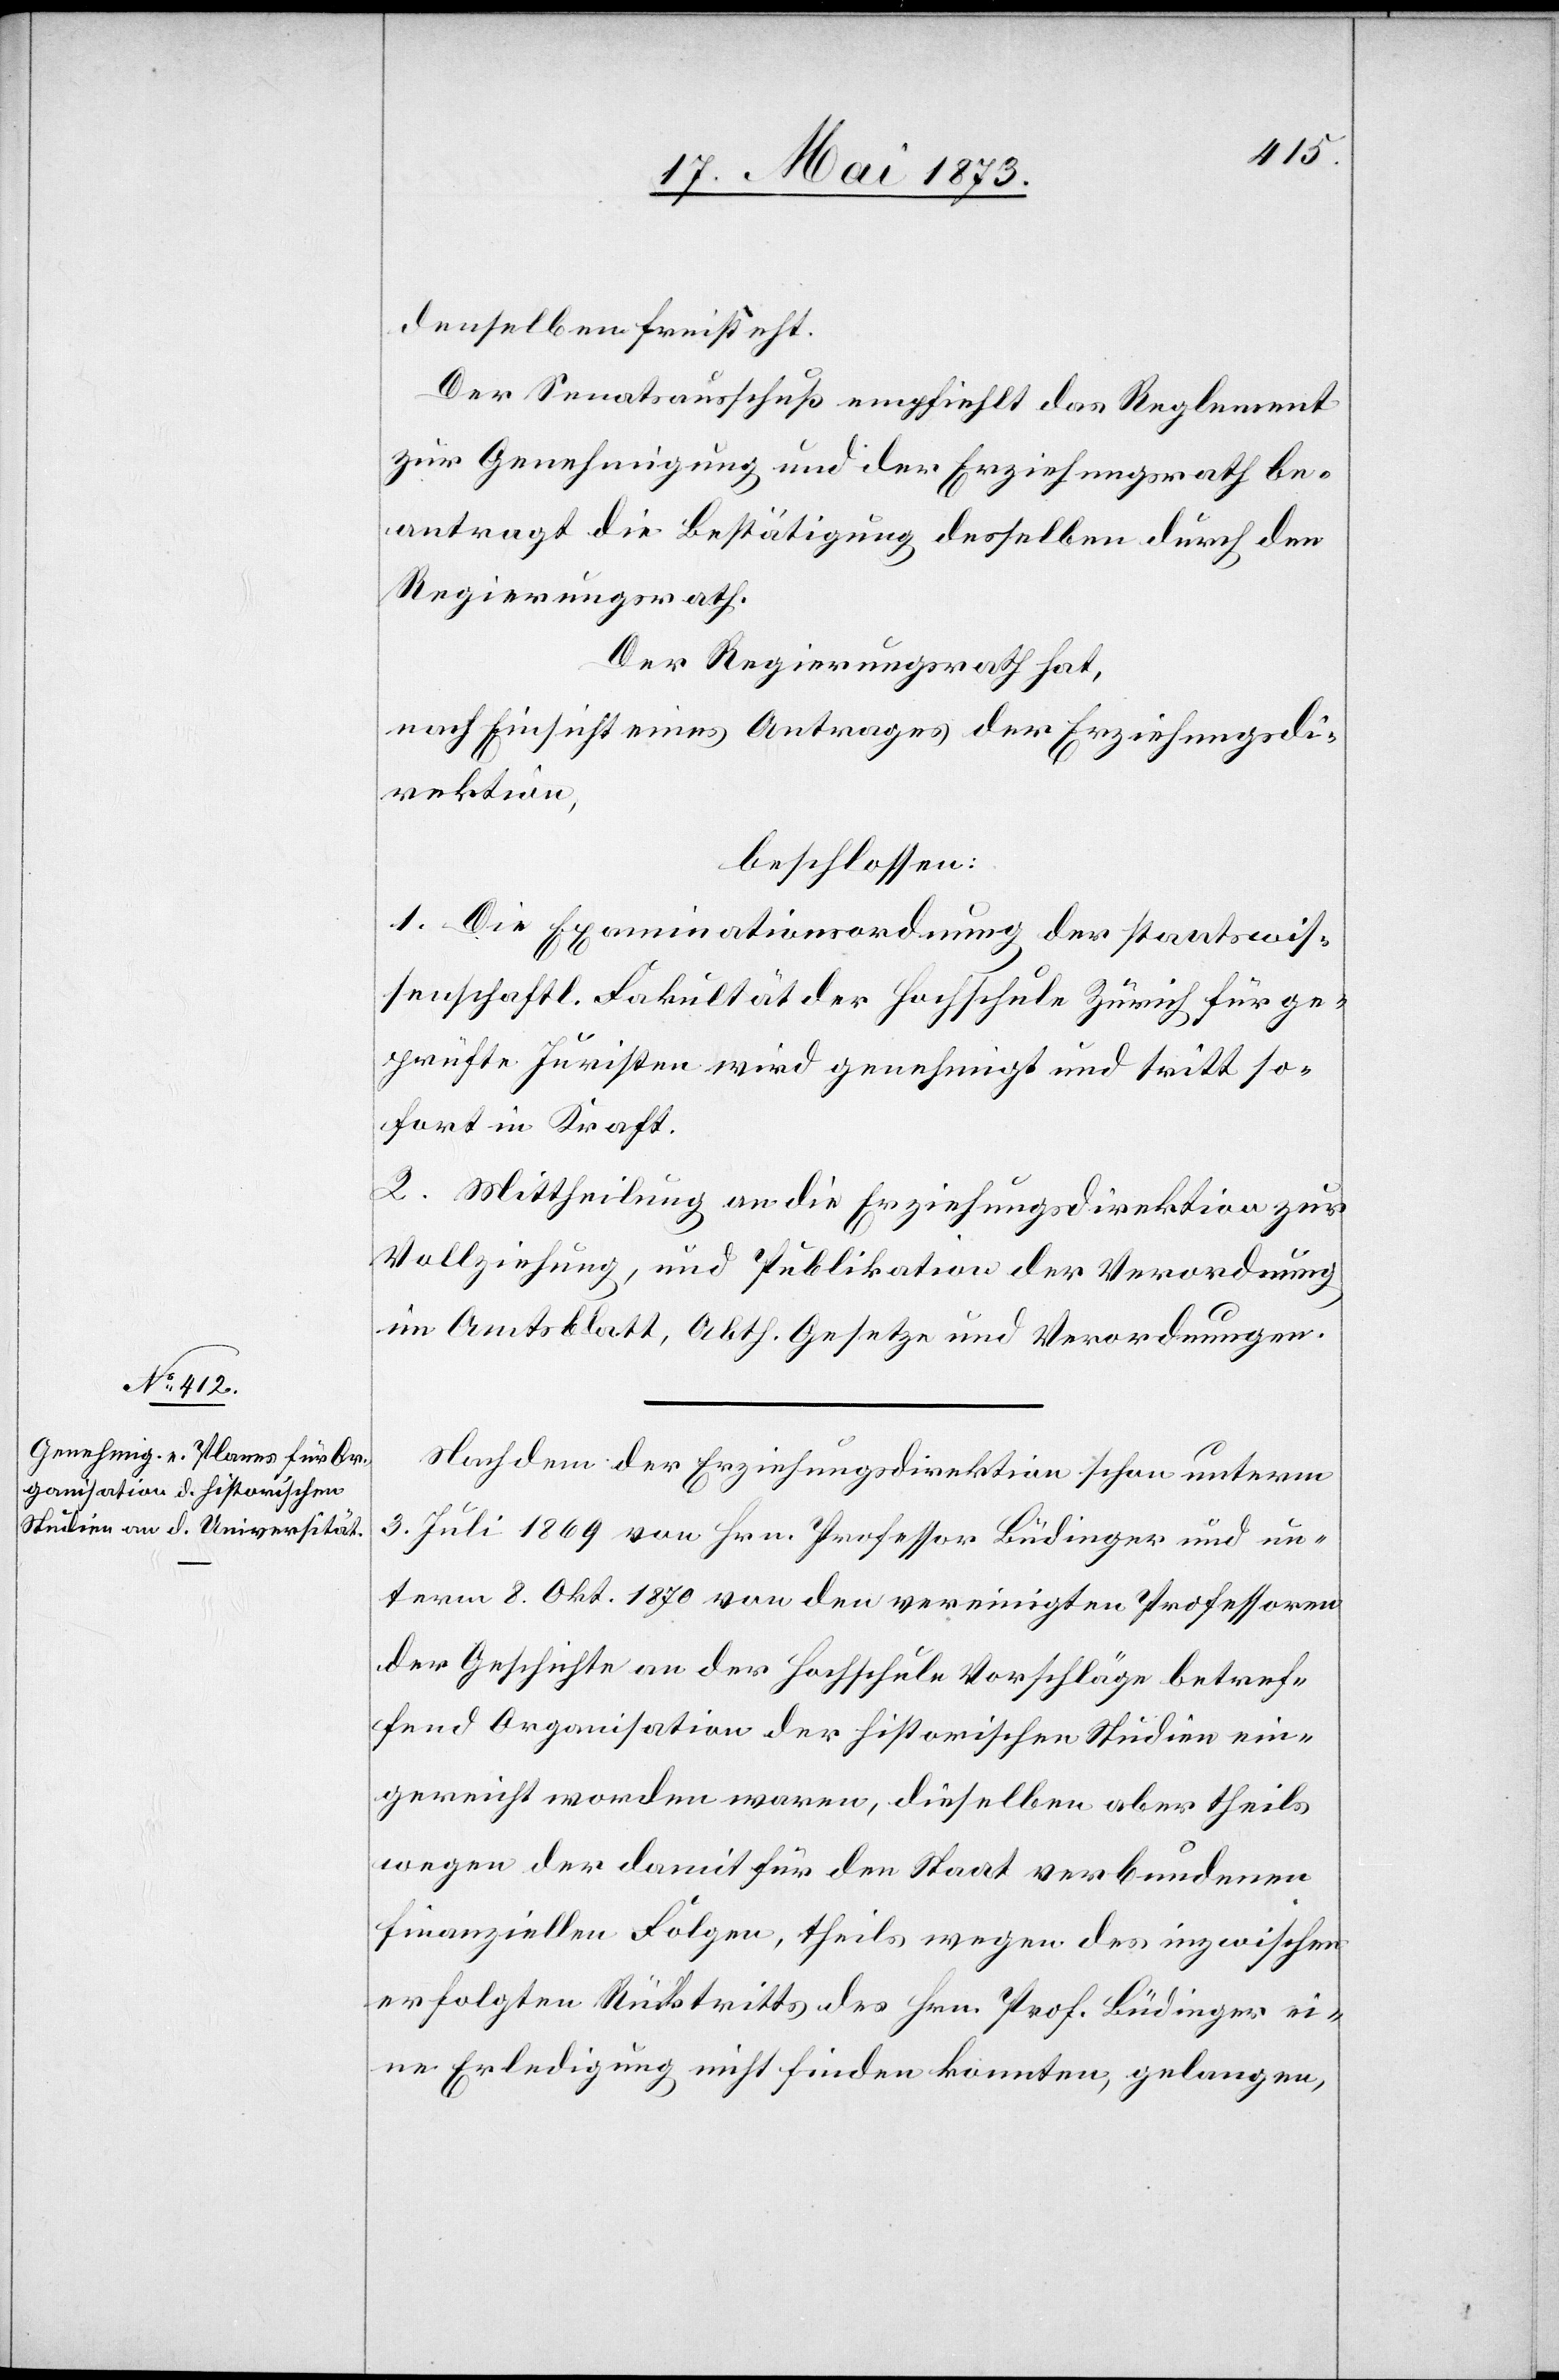
denselben freisteht.
Der Senatsausschuß empfiehlt das Reglement
zur Genehmigung und der Erziehungsrath be¬
antragt die Bestätigung desselben durch den
Regierungsrath.
Der Regierungsrath hat,
nach Einsicht eines Antrages der Erziehungsdi¬
rektion,
beschlossen:
1. Die Examinationsordnung der staatswis¬
senschaftl. Fakultät der Hochschule Zürich für ge¬
prüfte Juristen wird genehmigt und tritt so¬
fort in Kraft.
2. Mittheilung an die Erziehungsdirektion zur
Vollziehung, und Publikation der Verordnung
im Amtsblatt, Abth. Gesetze und Verordnungen.
Nachdem der Erziehungsdirektion schon unterm
3. Juli 1869 von Hrn. Professor Büdinger und un¬
term 8. Okt. 1870 von den vereinigten Professoren
der Geschichte an der Hochschule Vorschläge betref¬
fend Organisation der historischen Studien ein¬
gereicht worden waren, dieselben aber theils
wegen der damit für den Staat verbundenen
finanziellen Folgen, theils wegen des inzwischen
erfolgten Rücktritts des Hrn. Prof. Büdinger ei¬
ne Erledigung nicht finden konnten, gelangen,